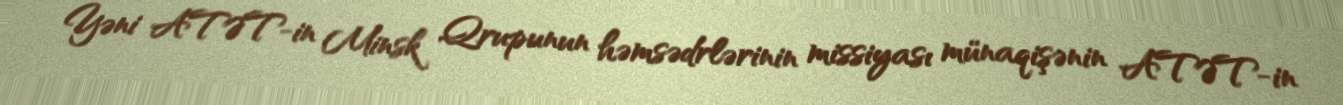
Yəni ATƏT-in Minsk Qrupunun həmsədrlərinin missiyası münaqişənin ATƏT-in